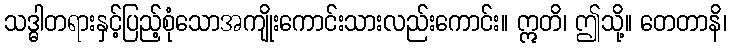
သဒ္ဓါတရားနှင့်ပြည့်စုံသောအကျိုးကောင်းသားလည်းကောင်း။ ဣတိ၊ ဤသို့။ တေတာနိ၊